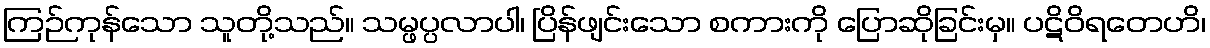
ကြဉ်ကုန်သော သူတို့သည်။ သမ္ဖပ္ပလာပါ၊ ပြိန်ဖျင်းသော စကားကို ပြောဆိုခြင်းမှ။ ပဋိဝိရတေဟိ၊